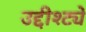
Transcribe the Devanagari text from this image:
उद्दीश्ट्ये